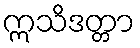
ဣသိဒတ္တာ